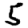
Digit: 5